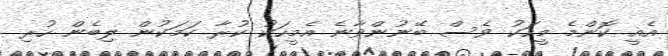
އެއީ ކޮންމެ މީހަކު ވެސް ބޭނުންވާނެ އެމީހަކު ކުރާ ކަމަކުން ލިބެން ހުރި